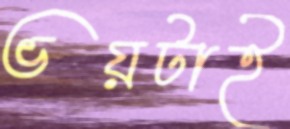
ভয়টাই